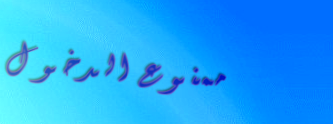
ممنوع الدخول